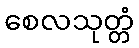
စေလသုတ္တံ